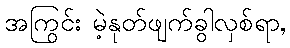
အကြွင်း မဲ့နုတ်ဖျက်ခွါလှစ်ရာ,